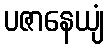
ပဇာနေယျံ